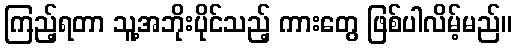
ကြည့်ရတာ သူ့အဘိုးပိုင်သည့် ကားတွေ ဖြစ်ပါလိမ့်မည်။